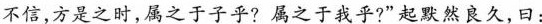
不信，方是之时，属之于子乎？属之于我乎？”起默然良久，曰：